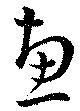
恵